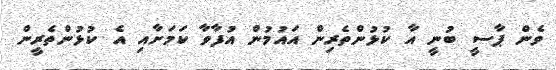
ވެން ޕާސީ ބުނީ އާ ކުޅުންތެރިން އައުމުން އުފާވާ ކަމަށާއި އެ ކުޅުންތެރީން